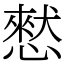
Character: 憖